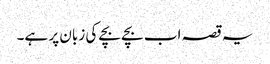
یہ قصہ اب بچے بچے کی زبان پر ہے۔